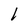
Character: l